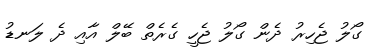
ގޯލު ޖެހިރު ދެން ގޯލު ޖެހީ ގެރެތް ބޭލް އާއި ދެ ލަނޑު